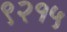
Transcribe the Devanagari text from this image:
९२१५